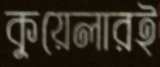
কুয়েলারই